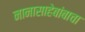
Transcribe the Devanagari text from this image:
नानासाहेबांबाचा